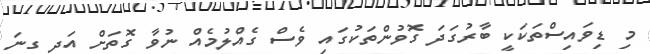
މި ޑިވައިސްތަކަކީ ބާރުގަދަ ގޮވުންތަކުގައި ވެސް ގެއްލުމެއް ނުވާ ގޮތަށް އަދި ގިނަ